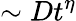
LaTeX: \sim Dt^{\eta}